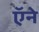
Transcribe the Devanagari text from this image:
ऍने